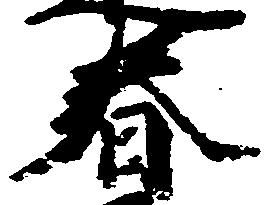
春